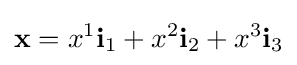
\mathbf {x} =x^{1}\mathbf {i} _{1}+x^{2}\mathbf {i} _{2}+x^{3}\mathbf {i} _{3}